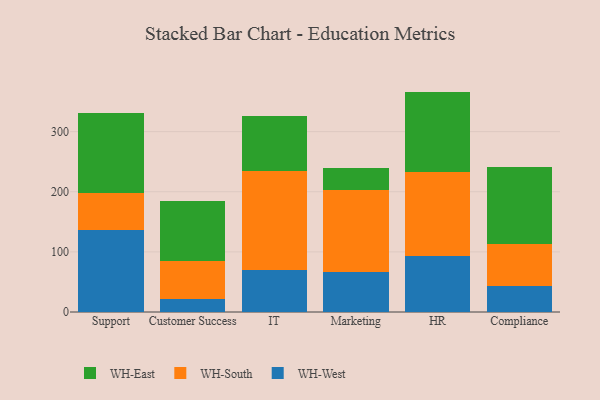
{"axis": {"x": "Department", "y": "Churn Rate (%)"}, "legend": ["WH-East", "WH-South", "WH-West"], "data": [{"x": "Support", "y": 136.9, "type": "WH-West"}, {"x": "Support", "y": 61.5, "type": "WH-South"}, {"x": "Support", "y": 133.2, "type": "WH-East"}, {"x": "Customer Success", "y": 21.3, "type": "WH-West"}, {"x": "Customer Success", "y": 63.4, "type": "WH-South"}, {"x": "Customer Success", "y": 100.6, "type": "WH-East"}, {"x": "IT", "y": 70.0, "type": "WH-West"}, {"x": "IT", "y": 164.1, "type": "WH-South"}, {"x": "IT", "y": 91.9, "type": "WH-East"}, {"x": "Marketing", "y": 66.8, "type": "WH-West"}, {"x": "Marketing", "y": 136.1, "type": "WH-South"}, {"x": "Marketing", "y": 36.7, "type": "WH-East"}, {"x": "HR", "y": 92.6, "type": "WH-West"}, {"x": "HR", "y": 140.3, "type": "WH-South"}, {"x": "HR", "y": 133.7, "type": "WH-East"}, {"x": "Compliance", "y": 42.6, "type": "WH-West"}, {"x": "Compliance", "y": 69.7, "type": "WH-South"}, {"x": "Compliance", "y": 129.0, "type": "WH-East"}]}